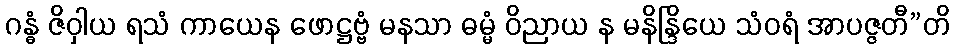
ဂန္ဓံ ဇိဝှါယ ရသံ ကာယေန ဖောဋ္ဌဗ္ဗံ မနသာ ဓမ္မံ ဝိညာယ န မနိန္ဒြိယေ သံဝရံ အာပဇ္ဇတီ”တိ